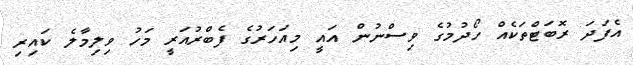
އެފަދަ ރޮބަޓްތަކެއް ހޯދުމުގެ ވިސްނުން އައީ މިއަހަރުގެ ފެބްރުއަރީ މަހު ވިލިމާލެ ކައިރި